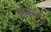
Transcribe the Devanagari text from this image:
व्हॅलेस्टी